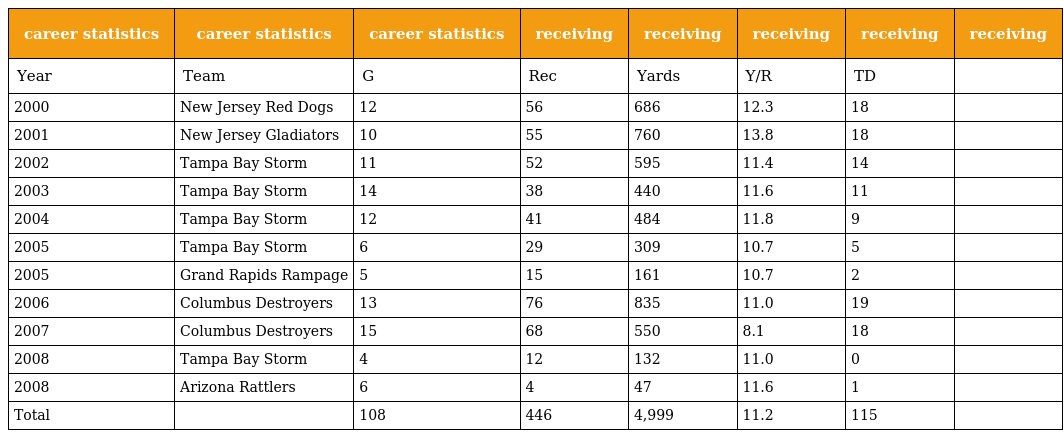
| career statistics | career statistics | career statistics | receiving | receiving | receiving | receiving | receiving |
 | --- | --- | --- | --- | --- | --- | --- | --- |
 | Year | Team | G | Rec | Yards | Y/R | TD |  |
 | 2000 | New Jersey Red Dogs | 12 | 56 | 686 | 12.3 | 18 |  |
 | 2001 | New Jersey Gladiators | 10 | 55 | 760 | 13.8 | 18 |  |
 | 2002 | Tampa Bay Storm | 11 | 52 | 595 | 11.4 | 14 |  |
 | 2003 | Tampa Bay Storm | 14 | 38 | 440 | 11.6 | 11 |  |
 | 2004 | Tampa Bay Storm | 12 | 41 | 484 | 11.8 | 9 |  |
 | 2005 | Tampa Bay Storm | 6 | 29 | 309 | 10.7 | 5 |  |
 | 2005 | Grand Rapids Rampage | 5 | 15 | 161 | 10.7 | 2 |  |
 | 2006 | Columbus Destroyers | 13 | 76 | 835 | 11.0 | 19 |  |
 | 2007 | Columbus Destroyers | 15 | 68 | 550 | 8.1 | 18 |  |
 | 2008 | Tampa Bay Storm | 4 | 12 | 132 | 11.0 | 0 |  |
 | 2008 | Arizona Rattlers | 6 | 4 | 47 | 11.6 | 1 |  |
 | Total |  | 108 | 446 | 4,999 | 11.2 | 115 |  |